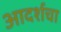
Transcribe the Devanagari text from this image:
आदर्शचा